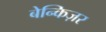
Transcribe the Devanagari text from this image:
बेन्किज़र